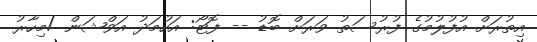
އިތުރަށް އުފުލުމުގެ ފުރުސަތު ވަރަށް ބޮޑު -- ފޮޓޯ: އަހުމަދު އަވްޝަން /މިހާރު